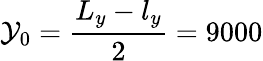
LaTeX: \mathcal{Y}_{0}=\frac{{L_{y}-l_{y}}}{{2}}=9000